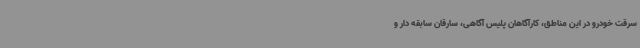
سرقت خودرو در این مناطق، کارآگاهان پلیس آگاهی، سارقان سابقه دار و